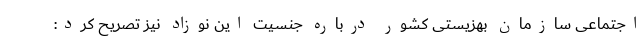
اجتماعی سازمان بهزیستی کشور درباره جنسیت این نوزاد نیز تصریح کرد:‌